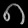
Digit: ၈